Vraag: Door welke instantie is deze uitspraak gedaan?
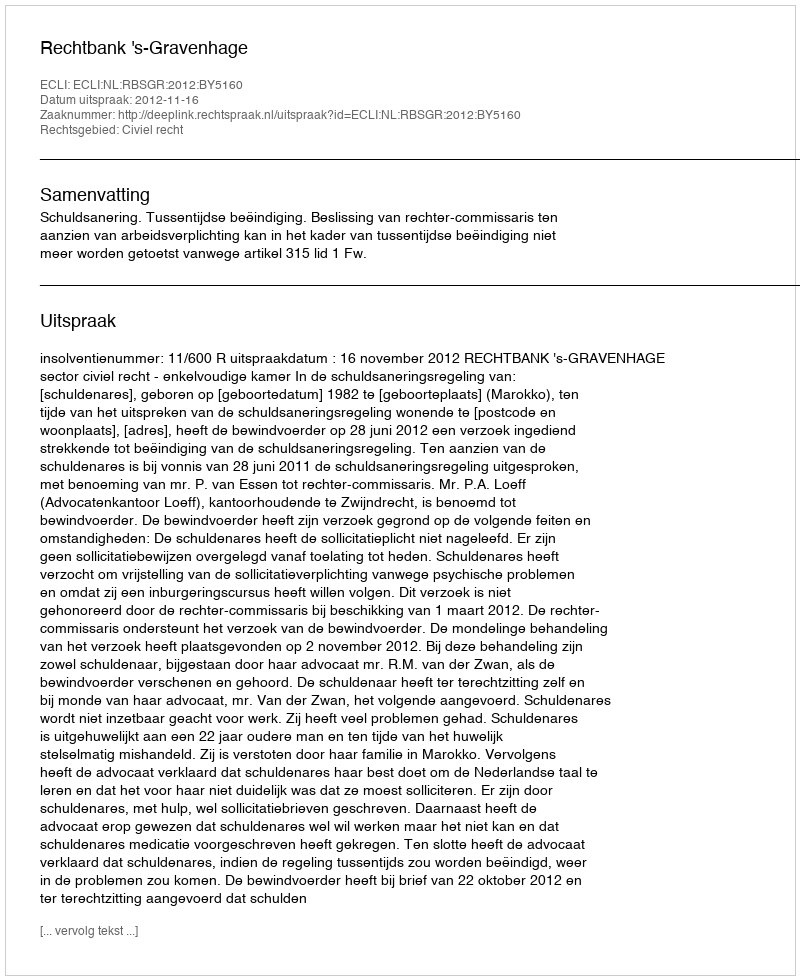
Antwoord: Rechtbank 's-Gravenhage